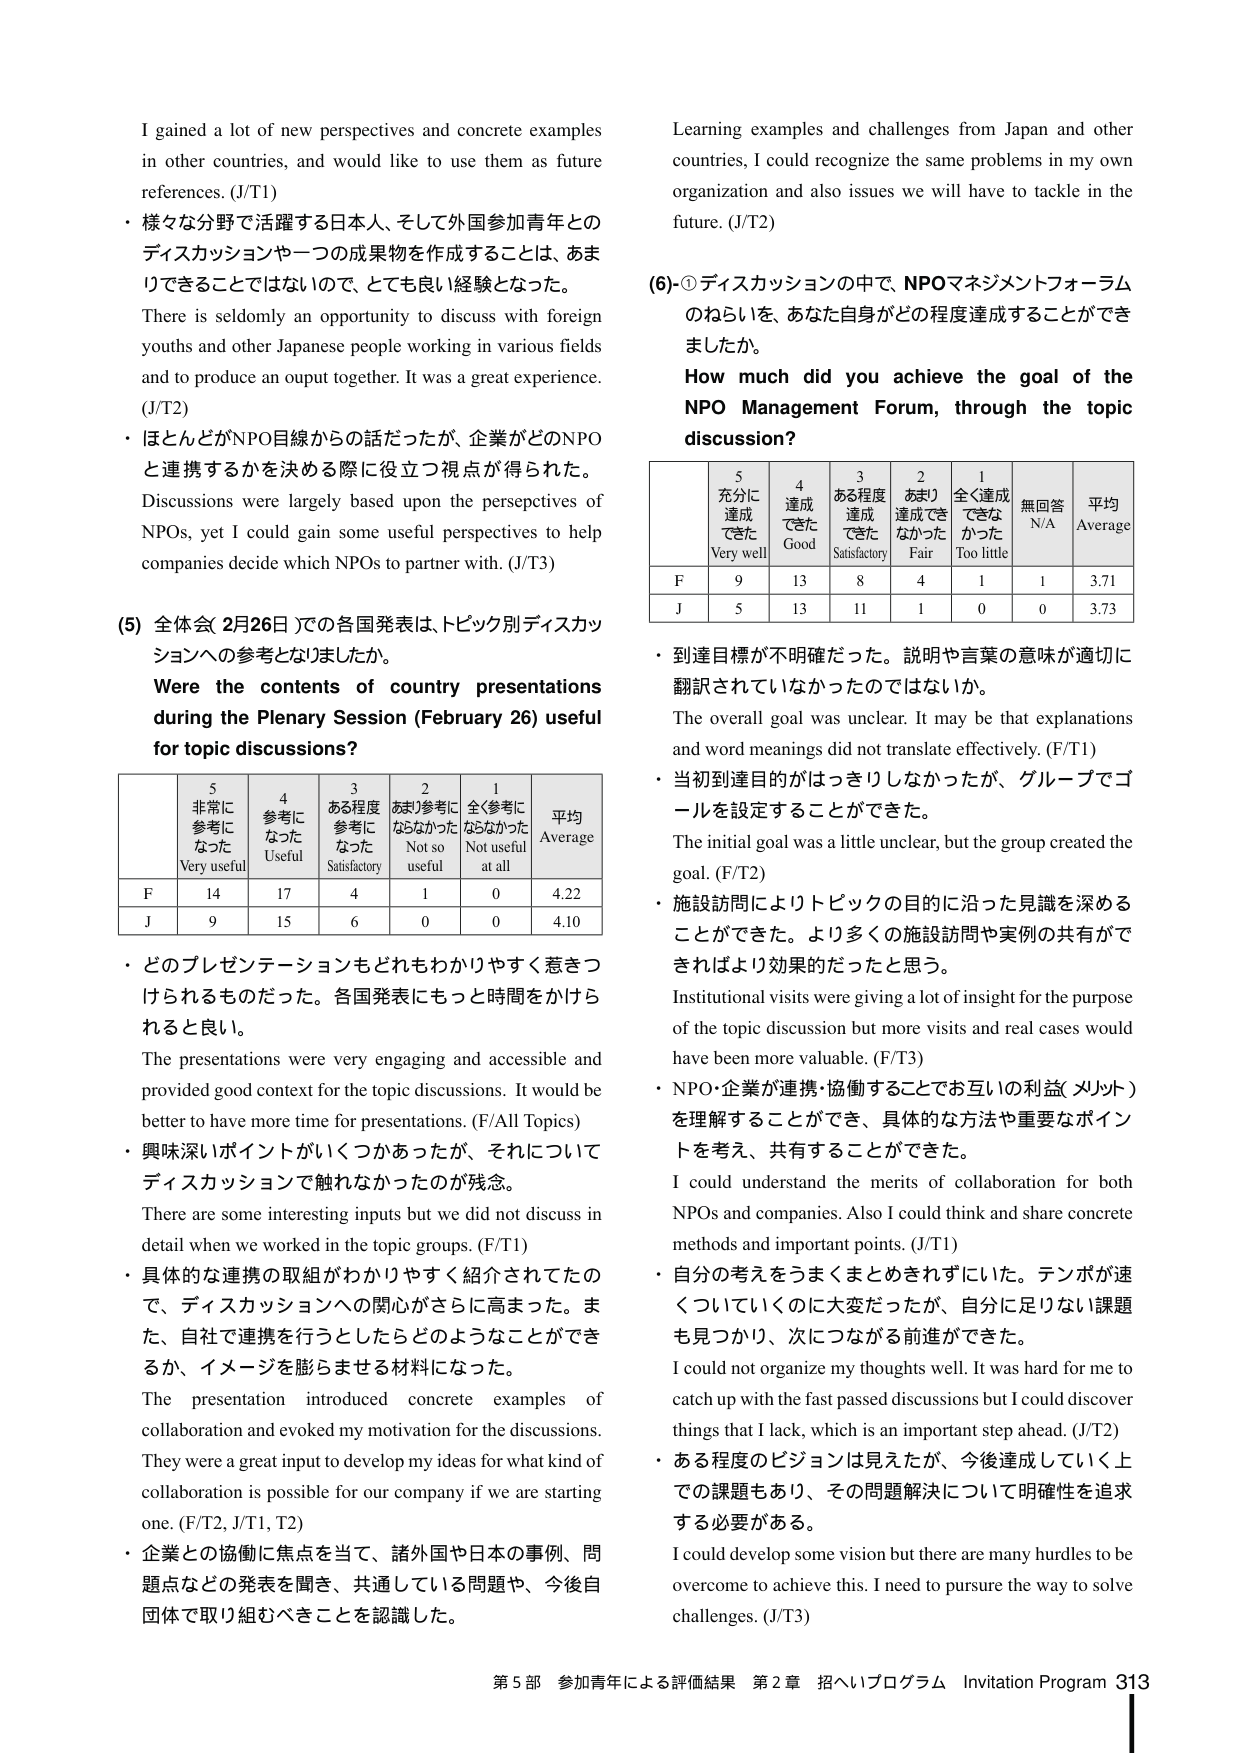
I gained a lot of new perspectives and concrete examples in other countries, and would like to use them as future references. (J/T1)

・様々な分野で活躍する日本人、そして外国参加青年とのディスカッションで一つの成果物を作成することは、あまりできることではないので、とても良い経験となった。

There is seldomly an opportunity to discuss with foreign youths and other Japanese people working in various fields and to produce an ouput together. It was a great experience. (J/T2)

・ほとんどがNPO目線からの話だったが、企業がどのNPOと連携するかを決める際に役立つ視点が得られた。

Discussions were largely based upon the perspectives of NPOs, yet I could gain some useful perspectives to help companies decide which NPOs to partner with. (J/T3)

(5) 全体会(2月26日)での各国発表は、トピック別ディスカッションへの参考となりましたか。

Were the contents of country presentations during the Plenary Session (February 26) useful for topic discussions?

| | 5 非常に参考になった Very useful | 4 参考になった Useful | 3 ある程度参考になった Satisfactory | 2 あまり参考にならなかった Not so useful | 1 全く参考にならなかった Not useful at all | 平均 Average |
|---|---|---|---|---|---|---|
| F | 14 | 17 | 4 | 1 | 0 | 4.22 |
| J | 9 | 15 | 6 | 0 | 0 | 4.10 |

・どのプレゼンテーションもどれもわかりやすく惹きつけられるものだった。各国発表にもっと時間をかけられると良い。

The presentations were very engaging and accessible and provided good context for the topic discussions. It would be better to have more time for presentations. (F/All Topics)

・興味深いポイントがいくつかあったが、それについてディスカッションで触れなかったのが残念。

There are some interesting inputs but we did not discuss in detail when we worked in the topic groups. (F/T1)

・具体的な連携の取組がわかりやすく紹介されていたので、ディスカッションへの関心がさらに高まった。また、自社で連携を行うとしたらどのようなことができるか、イメージを膨らませる材料になった。

The presentation introduced concrete examples of collaboration and evoked my motivation for the discussions. They were a great input to develop my ideas for what kind of collaboration is possible for our company if we are starting one. (F/T2, J/T1, T2)

・企業との協働に焦点を当て、諸外国や日本の事例、問題点などの発表を聞き、共通している問題や、今後自団体で取り組むべきことを認識した。

Learning examples and challenges from Japan and other countries, I could recognize the same problems in my own organization and also issues we will have to tackle in the future. (J/T2)

(6)-① ディスカッションの中で、NPOマネジメントフォーラムのねらいを、あなた自身がどの程度達成することができましたか。

How much did you achieve the goal of the NPO Management Forum, through the topic discussion?

| | 5 充分に達成できた Very well | 4 達成できた Good | 3 ある程度達成できた Satisfactory | 2 あまり達成できなかった Fair | 1 全く達成できなかった Too little | 無回答 N/A | 平均 Average |
|---|---|---|---|---|---|---|---|
| F | 9 | 13 | 8 | 4 | 1 | 1 | 3.71 |
| J | 5 | 13 | 11 | 1 | 0 | 0 | 3.73 |

・到達目標が不明确だった。説明や言葉の意味が適切に翻訳されていなかったのではないか。

The overall goal was unclear. It may be that explanations and word meanings did not translate effectively. (F/T1)

・当初到達目的がはっきりしなかったが、グループでゴールを設定することができた。

The initial goal was a little unclear, but the group created the goal. (F/T2)

・施設訪問によりトピックの目的に沿った見識を深めることができた。より多くの施設訪問や実例の共有ができればより効果的だったと思う。

Institutional visits were giving a lot of insight for the purpose of the topic discussion but more visits and real cases would have been more valuable. (F/T3)

・NPO・企業が連携・協働することでお互いの利益(メリット)を理解することができ、具体的な方法や重要なポイントを考え、共有することができた。

I could understand the merits of collaboration for both NPOs and companies. Also I could think and share concrete methods and important points. (J/T1)

・自分の考えをうまくまとめきれずにいた。テンポが速くついていくのに大変だったが、自分に足りない課題も見つかり、次につながる前進ができた。

I could not organize my thoughts well. It was hard for me to catch up with the fast passed discussions but I could discover things that I lack, which is an important step ahead. (J/T2)

・ある程度のビジョンは見えたが、今後達成していく上での課題もあり、その問題解決について明確性を追求する必要がある。

I could develop some vision but there are many hurdles to be overcome to achieve this. I need to pursue the way to solve challenges. (J/T3)

第5部 参加青年による評価結果 第2章 招へいプログラム Invitation Program 313